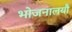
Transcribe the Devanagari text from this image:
भोजनालयौ